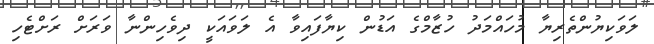
ލަވަކިޔުންތެރިޔާ މުހައްމަދު ހުޒާމްގެ އަޑުން ކިޔާފައިވާ އެ ލަވައަކީ ދިވެހިންނާ ވަރަށް ރަށްޓެހި